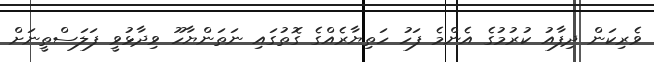
ވެރިކަން ދިފާއު ކުރުމުގެ އެންމެ ފަހު ހަތިޔާރެއްގެ ގޮތުގައި ނަތަންޔާހޫ ވިދާޅުވީ ފަލަސްތީނަށް